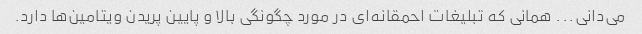
می‌دانی... همانی که تبلیغات احمقانه‌ای در مورد چگونگی بالا و پایین پریدن ویتامین‌ها دارد.